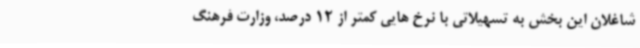
شاغلان این بخش به تسهیلاتی با نرخ هایی کمتر از 12 درصد، وزارت فرهنگ